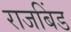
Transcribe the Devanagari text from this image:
राजबिंड